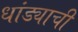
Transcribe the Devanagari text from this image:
धांड्याची